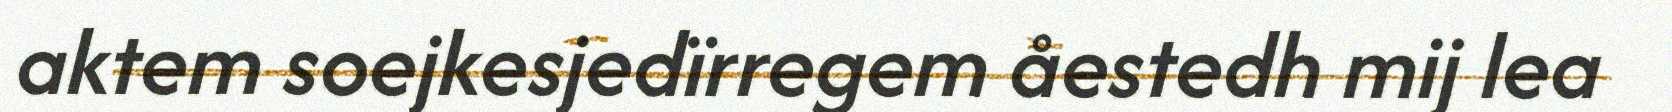
aktem soejkesjedïrregem åestedh mij lea